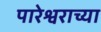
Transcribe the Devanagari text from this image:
पारेश्वराच्या